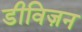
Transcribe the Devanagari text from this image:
डीविज़न